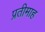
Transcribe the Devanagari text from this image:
प्रतीमाह